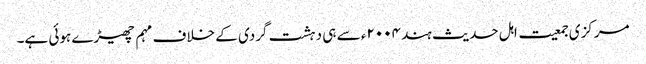
مرکزی جمعیت اہل حدیث ہند ۲۰۰۴ء سے ہی دہشت گردی کے خلاف مہم چھیڑے ہوئی ہے۔